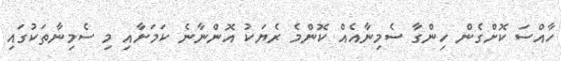
ހާއްސަ ކޮށްގެން ހިންގާ ސެމިނާއެއް ކޮންމެ ރެޔަކު އޮންނާނެ ކަމަށާއި މި ސެމިނާތަކުގައި